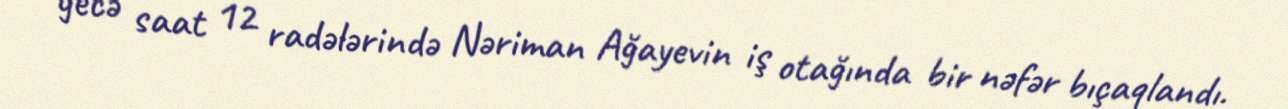
gecə saat 12 radələrində Nəriman Ağayevin iş otağında bir nəfər bıçaqlandı.